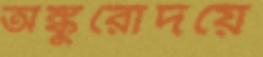
অঙ্কুরোদয়ে